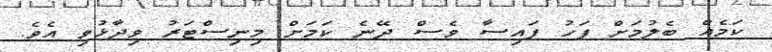
ކަމެއް ބެލުމަށް ފަހު ފައިސާ ވެސް ދޭނެ ކަމަށް މިނިސްޓަރު ވިދާޅުވި އެވެ.